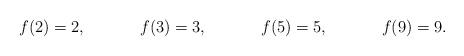
LaTeX: \begin{align*}& f(2) = 2,&& f(3)= 3,&& f(5) = 5,&& f(9) = 9.\end{align*}